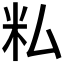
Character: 𬖎